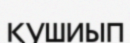
қушиып